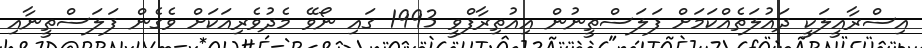
އިސްރާއީލަކީ ދައުލަތެއްކަމަށް ފަލަސްތީނުން އިއުތިރާފްވީ 1993 ގައި ނޯވޭ މެދުވެރިއަކަށް ވެގެން ފަލަސްތީނާއި